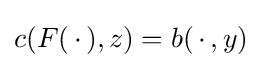
c(F(\,\cdot \,),z)=b(\,\cdot \,,y)